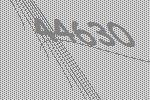
44630